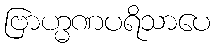
ဗြာဟ္မဏပရိသာပေ